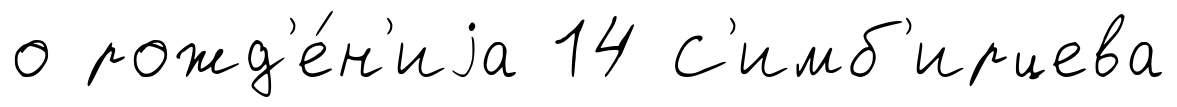
о рожд'е́н'иjа 14 С'имб'ирцева